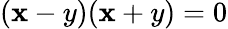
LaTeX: (\mathbf{x}-y)(\mathbf{x}+y)=0